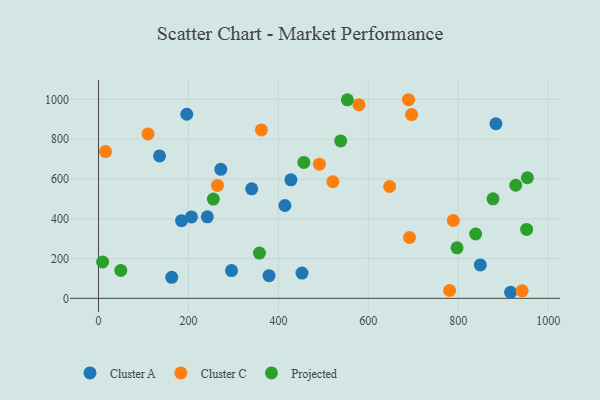
{"axis": {"x": "Distance", "y": "Exam Score"}, "legend": ["Cluster A", "Cluster C", "Projected"], "data": [{"x": "162.8", "y": 105.5, "type": "Cluster A"}, {"x": "883.7", "y": 877.3, "type": "Cluster A"}, {"x": "848.9", "y": 167.8, "type": "Cluster A"}, {"x": "916.3", "y": 30.5, "type": "Cluster A"}, {"x": "206.7", "y": 409.2, "type": "Cluster A"}, {"x": "452.5", "y": 127.1, "type": "Cluster A"}, {"x": "272.0", "y": 648.1, "type": "Cluster A"}, {"x": "427.9", "y": 595.5, "type": "Cluster A"}, {"x": "184.7", "y": 390.5, "type": "Cluster A"}, {"x": "414.5", "y": 466.6, "type": "Cluster A"}, {"x": "242.0", "y": 409.7, "type": "Cluster A"}, {"x": "196.3", "y": 925.1, "type": "Cluster A"}, {"x": "379.2", "y": 113.7, "type": "Cluster A"}, {"x": "340.6", "y": 550.6, "type": "Cluster A"}, {"x": "295.8", "y": 139.6, "type": "Cluster A"}, {"x": "135.8", "y": 715.8, "type": "Cluster A"}, {"x": "362.2", "y": 846.5, "type": "Cluster C"}, {"x": "264.6", "y": 567.4, "type": "Cluster C"}, {"x": "780.7", "y": 39.3, "type": "Cluster C"}, {"x": "491.2", "y": 674.2, "type": "Cluster C"}, {"x": "691.6", "y": 305.7, "type": "Cluster C"}, {"x": "110.1", "y": 826.4, "type": "Cluster C"}, {"x": "789.0", "y": 391.1, "type": "Cluster C"}, {"x": "696.3", "y": 923.4, "type": "Cluster C"}, {"x": "689.2", "y": 998.1, "type": "Cluster C"}, {"x": "941.9", "y": 37.7, "type": "Cluster C"}, {"x": "15.7", "y": 737.5, "type": "Cluster C"}, {"x": "579.0", "y": 973.1, "type": "Cluster C"}, {"x": "647.4", "y": 562.1, "type": "Cluster C"}, {"x": "521.1", "y": 585.9, "type": "Cluster C"}, {"x": "952.0", "y": 346.5, "type": "Projected"}, {"x": "838.6", "y": 323.3, "type": "Projected"}, {"x": "49.6", "y": 140.3, "type": "Projected"}, {"x": "553.3", "y": 997.4, "type": "Projected"}, {"x": "255.4", "y": 498.9, "type": "Projected"}, {"x": "927.7", "y": 568.2, "type": "Projected"}, {"x": "953.6", "y": 606.0, "type": "Projected"}, {"x": "9.2", "y": 182.7, "type": "Projected"}, {"x": "797.2", "y": 253.8, "type": "Projected"}, {"x": "538.5", "y": 791.3, "type": "Projected"}, {"x": "456.6", "y": 683.0, "type": "Projected"}, {"x": "877.2", "y": 500.2, "type": "Projected"}, {"x": "357.9", "y": 227.3, "type": "Projected"}]}